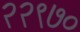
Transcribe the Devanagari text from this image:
२२९७०